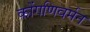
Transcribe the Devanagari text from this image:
कोंगणिवर्मन